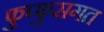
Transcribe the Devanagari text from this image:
फुप्फुसगत